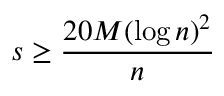
s \geq \frac { 2 0 M ( \log n ) ^ { 2 } } { n }